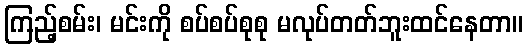
ကြည့်စမ်း၊ မင်းကို စပ်စပ်စုစု မလုပ်တတ်ဘူးထင်နေတာ။